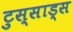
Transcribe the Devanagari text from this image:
टुस्साड्स